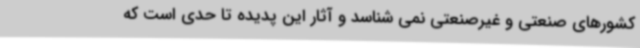
کشورهای صنعتی و غیرصنعتی نمی شناسد و آثار این پدیده تا حدی است که